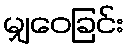
မျှဝေခြင်း